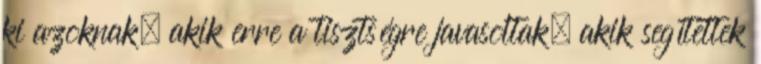
ki azoknak, akik erre a tisztségre javasoltak, akik segítettek